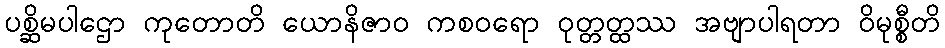
ပစ္ဆိမပါဌော ကုတောတိ ယောနိဇာဝ ကစဝရော ဝုတ္တတ္ထဿ အဗျာပါရတာ ဝိမုစ္စီတိ